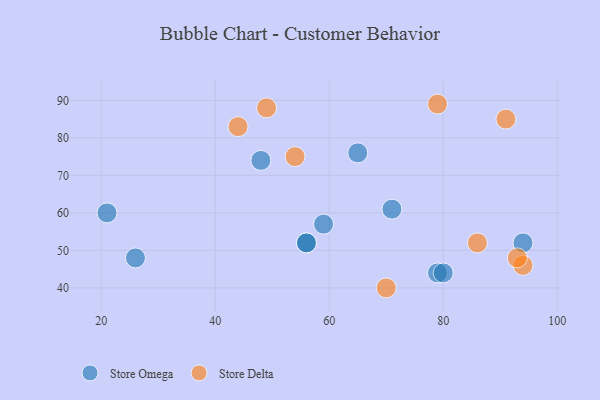
{"axis": {"x": "GDP", "y": "Life Expectancy"}, "legend": ["Store Delta", "Store Omega"], "data": [{"x": "71", "y": 61, "type": "Store Omega"}, {"x": "21", "y": 60, "type": "Store Omega"}, {"x": "48", "y": 74, "type": "Store Omega"}, {"x": "56", "y": 52, "type": "Store Omega"}, {"x": "65", "y": 76, "type": "Store Omega"}, {"x": "56", "y": 52, "type": "Store Omega"}, {"x": "79", "y": 44, "type": "Store Omega"}, {"x": "94", "y": 52, "type": "Store Omega"}, {"x": "26", "y": 48, "type": "Store Omega"}, {"x": "80", "y": 44, "type": "Store Omega"}, {"x": "59", "y": 57, "type": "Store Omega"}, {"x": "86", "y": 52, "type": "Store Delta"}, {"x": "49", "y": 88, "type": "Store Delta"}, {"x": "94", "y": 46, "type": "Store Delta"}, {"x": "70", "y": 40, "type": "Store Delta"}, {"x": "79", "y": 89, "type": "Store Delta"}, {"x": "91", "y": 85, "type": "Store Delta"}, {"x": "44", "y": 83, "type": "Store Delta"}, {"x": "54", "y": 75, "type": "Store Delta"}, {"x": "93", "y": 48, "type": "Store Delta"}]}